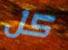
كل